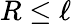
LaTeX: R\le\ell